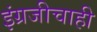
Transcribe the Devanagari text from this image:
इंग्रजीचाही